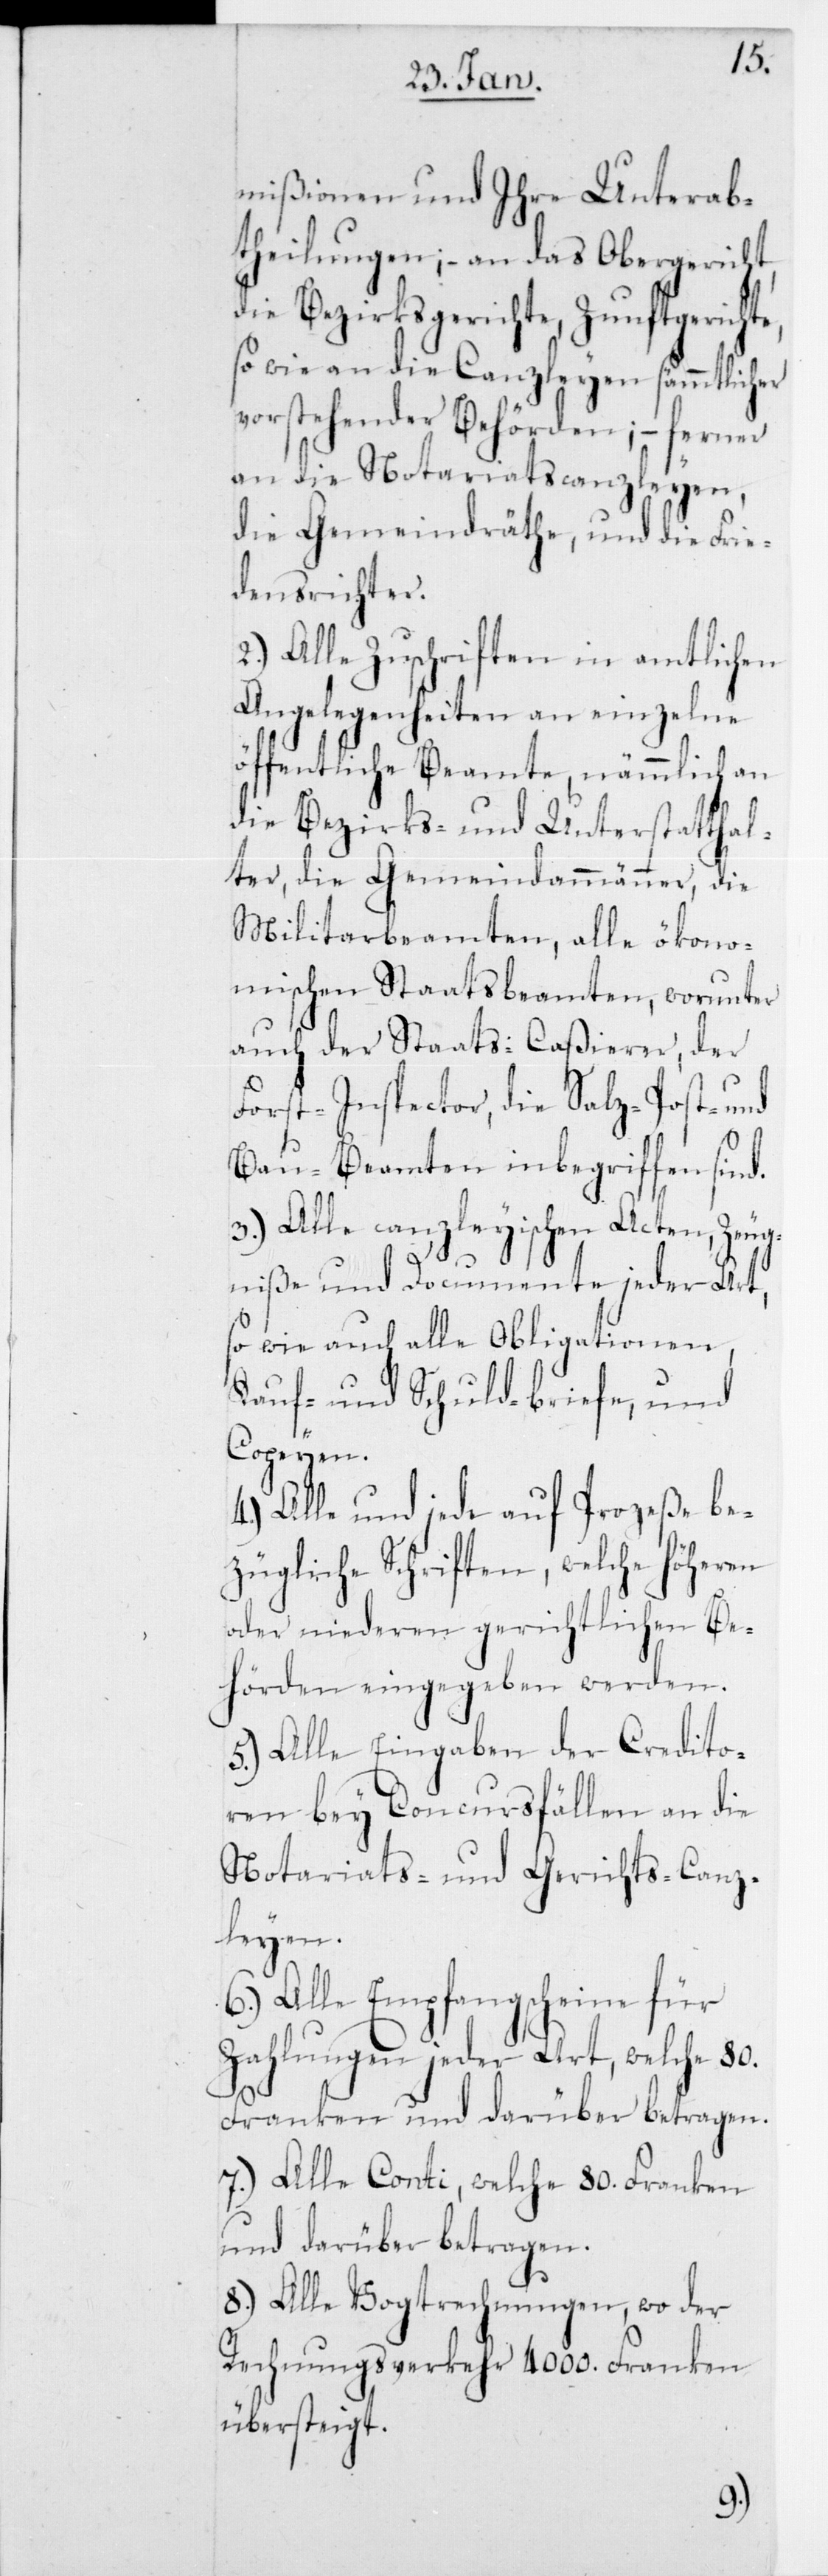
mißionen und Ihre Unterab¬
theilungen; – an das Obergericht,
die Bezirksgerichte, Zunftgerichte,
sowie an die Canzleyen sämmtlicher
vorstehender Behörden; – ferner
an die Notariatscanzleyen,
die Gemeindräthe und die Frie¬
densrichter.
2.) Alle Zuschriften in amtlichen
Angelegenheiten an einzelne
öffentliche Beamte, nämmlich an
die Bezirks- und Unterstatthal¬
ter, die Gemeindammänner, die
Militarbeamten, alle ökono¬
mischen Staatsbeamten, worunter
auch der Staats-Caßierer, der
Forst-Inspector, die Salz- [,]
Bau-Beamten inbegriffen sind.
3.) Alle canzleyischen Acten, Zeug¬
niße und Documente jeder Art,
so wie auch alle Obligationen
Kauf- und Schuldbriefe, und
Copyen.
4.) Alle und jede auf Prozeße be¬
zügliche Schriften, welche höheren
oder niederen gerichtlichen Be¬
hörden eingegeben werden.
5.) Alle Eingaben der Credito¬
ren bey Concursfällen an die
Notariats- und Gerichts-Canz¬
leyen.
6.) Alle Empfangscheine für
Zahlungen jeder Art, welche 80.
Franken und darüber betragen.
7.) Alle Conti, welche 80. Franken
und darüber betragen.
8.) Alle Vogtrechnungen, wo der
Rechnungsverkehr 4000. Franken
übersteigt.